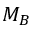
M _ { B }